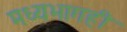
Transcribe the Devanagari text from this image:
मध्यभागही